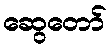
ဆွေတော်